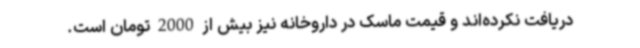
دریافت نکرده‌اند و قیمت ماسک در داروخانه نیز بیش از 2000 تومان است.